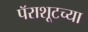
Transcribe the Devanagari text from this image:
पॅराशूटच्या